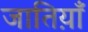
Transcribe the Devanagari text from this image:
जातिय़ाँ